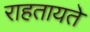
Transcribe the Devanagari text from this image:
राहतायते